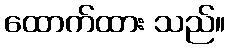
ထောက်ထား သည်။